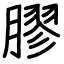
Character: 膠